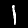
Label: 1